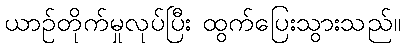
ယာဉ်တိုက်မှုလုပ်ပြီး ထွက်ပြေးသွားသည်။